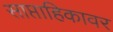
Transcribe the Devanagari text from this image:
साप्ताहिकावर